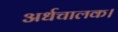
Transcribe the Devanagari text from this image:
अर्धचालक।